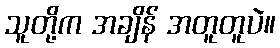
သူတို့က အချိန် အတူတူပဲ။